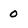
Character: 0